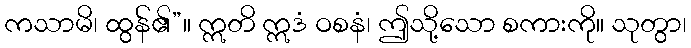
ကသာမိ၊ ထွန်၏”။ ဣတိ ဣဒံ ဝစနံ၊ ဤသို့သော စကားကို။ သုတွာ၊